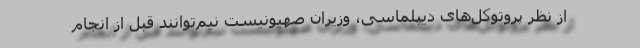
از نظر پروتوکل‌های دیپلماسی، وزیران صهیونیست نیم‌توانند قبل از انجام